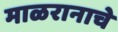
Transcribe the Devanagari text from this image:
माळरानाचे